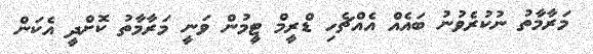
މަރާމާތު ނުކުރެވުނު ބައެއް އެއްޗެހި ޑްރީމް ޓީމުން ވަނީ މަރާމާތު ކޮށްދީ އެކަން